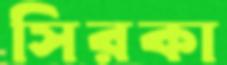
সিরকা